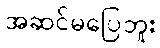
အဆင်မပြေဘူး